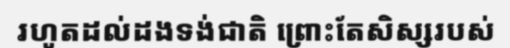
រហូតដល់ដងទង់ជាតិ ព្រោះតែសិស្សរបស់